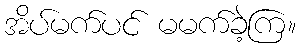
အိပ်မက်ပင် မမက်ခဲ့ကြ။